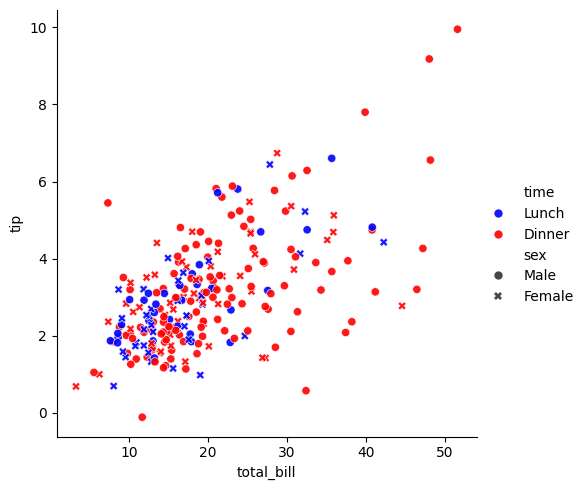
python, seaborn, relplot, alpha=0.9